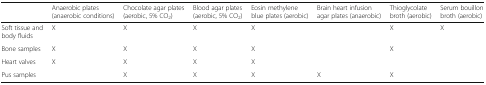
|  | Anaerobic plates (anaerobic conditions) | Chocolate agar plates (aerobic, 5% CO2) | Blood agar plates (aerobic, 5% CO2) | Eosin methylene blue plates (aerobic) | Brain heart infusion agar plates (anaerobic) | Thioglycolate broth (aerobic) | Serum bouillon broth (aerobic) |
 | --- | --- | --- | --- | --- | --- | --- | --- |
 | Soft tissue and body fluids | X | X | X | X |  | X | X |
 | Bone samples | X | X | X | X |  | X |  |
 | Heart valves | X | X | X | X |  |  |  |
 | Pus samples |  | X | X | X | X | X |  |